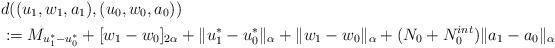
LaTeX: \begin{align*}&d((u_1, w_1 , a_1), (u_0, w_0, a_0))\\&:= M_{u^*_1 - u^*_0} + [w_1 - w_0]_{2\alpha} + \| u^*_1 - u^*_0\|_{\alpha} + \|w_1 - w_0 \|_{\alpha} + (N_0 + N_0^{int}) \| a_1 - a_0\|_{\alpha}\end{align*}